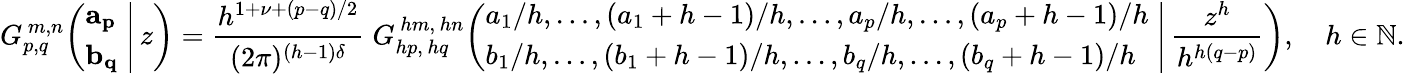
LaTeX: G_{p,q}^{\, m,n}\! \left(\left.{\begin{array}{l}{\mathbf{a_{p}}}\\ {\mathbf{b_{q}}}\end{array}}\; \right|\, z\right)={\frac{h^{1+\nu+(p-q)/2}}{(2\pi)^{(h-1)\delta}}}\; G_{hp,\, hq}^{\, hm,\, hn}\! \left(\left.{\begin{array}{l}{a_{1}/h,\dots,(a_{1}+h-1)/h,\dots,a_{p}/h,\dots,(a_{p}+h-1)/h}\\ {b_{1}/h,\dots,(b_{1}+h-1)/h,\dots,b_{q}/h,\dots,(b_{q}+h-1)/h}\end{array}}\; \right|\, {\frac{z^{h}}{h^{h(q-p)}}}\right),\quad h\in\mathbb{N}.